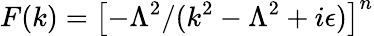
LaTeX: F(k)=\left[-\Lambda^{2}/(k^{2}-\Lambda^{2}+i\epsilon)\right]^{n}